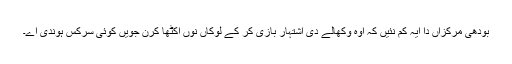
بودھی مرکزاں دا ایہ کم نئیں کہ اوہ وکھالے دی اشتہار بازی کر کے لوکاں نوں اکٹھا کرن جویں کوئی سرکس ہوندی اے۔